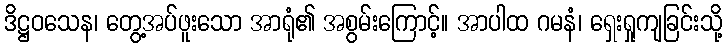
ဒိဋ္ဌဝသေန၊ တွေ့အပ်ဖူးသော အာရုံ၏ အစွမ်းကြောင့်။ အာပါထ ဂမနံ၊ ရှေးရှုကျခြင်းသို့